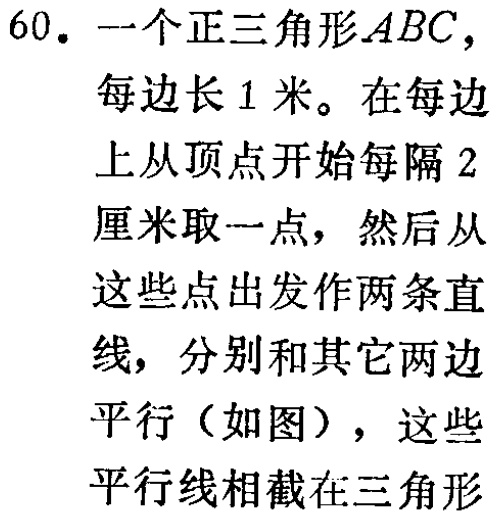
60. 一个正三角形\(ABC\)，每边长1米。在每边上从顶点开始每隔2厘米取一点，然后从这些点出发作两条直线，分别和其它两边平行（如图），这些平行线相截在三角形